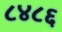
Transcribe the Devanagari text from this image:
८४८६